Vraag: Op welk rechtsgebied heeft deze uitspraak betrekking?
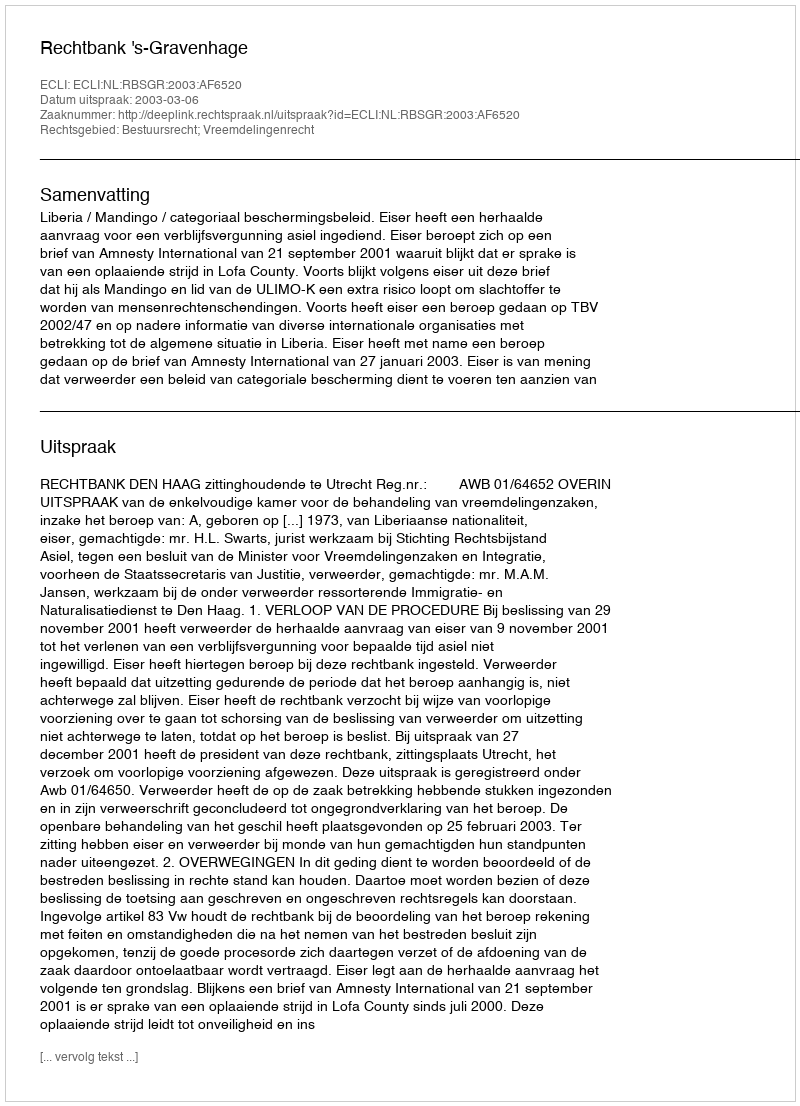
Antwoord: Bestuursrecht; Vreemdelingenrecht